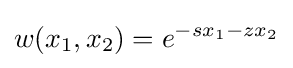
w(x_{1},x_{2})=e^{-sx_{1}-zx_{2}}